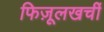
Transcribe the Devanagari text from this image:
फिज़ूलखर्ची